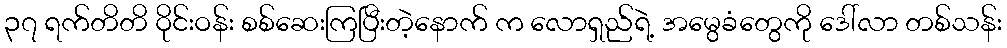
၃၇ ရက်တိတိ ဝိုင်းဝန်း စစ်ဆေးကြပြီးတဲ့နောက် က လောရှည်ရဲ့ အမွေခံတွေကို ဒေါ်လာ တစ်သန်း